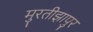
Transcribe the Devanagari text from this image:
मुरतीझापुर